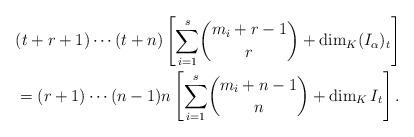
LaTeX: \begin{align*}&(t+r+1)\cdots (t+n)\left[\underset{i=1}{\overset{s}{\sum}} \binom{m_i+r-1}{r} +\dim_K(I_{\alpha})_t \right]\\&=(r+1)\cdots (n-1)n\left[\underset{i=1}{\overset{s}{\sum}} \binom{m_i+n-1}{n} + \dim_K I_t \right].\end{align*}